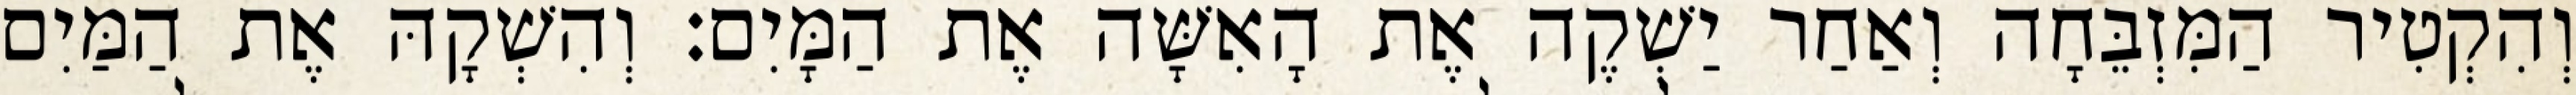
וְהִקְטִיר הַמִּזְבֵּחָה וְאַחַר יַשְׁקֶה אֶת הָאִשָּׁה אֶת הַמָּיִם׃ וְהִשְׁקָהּ אֶת הַמַּיִם